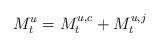
LaTeX: \begin{align*}M_{t}^{u}=M_{t}^{u,c} + M_{t}^{u,j}\end{align*}